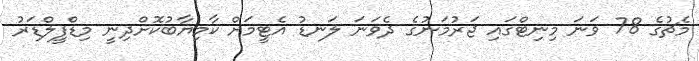
މެޗުގެ 78 ވަނަ މިނިޓްގައި ޖަރުމަނުގެ ދެވަނަ ލަނޑު އެޓީމަށް ކާމިޔާބުކޮށްދިނީ މިޑްފީލްޑަރު